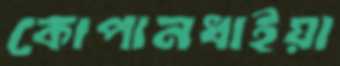
কোপানধাইয়া